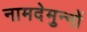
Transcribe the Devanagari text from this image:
नामदेमुन्नों